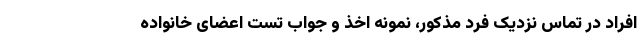
افراد در تماس نزدیک فرد مذکور، نمونه اخذ و جواب تست اعضای خانواده